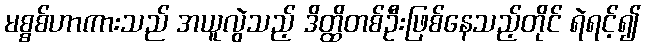
မစ္စစ်ဟာကားသည် အယူလွဲသည့် ဒိတ္ထိတစ်ဦးဖြစ်နေသည့်တိုင် ရဲရင့်၍